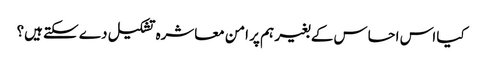
کیا اس احساس کے بغیر ہم پر امن معاشرہ تشکیل دے سکتے ہیں؟